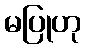
မပြုဟု